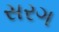
સરગ